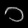
Digit: ၁